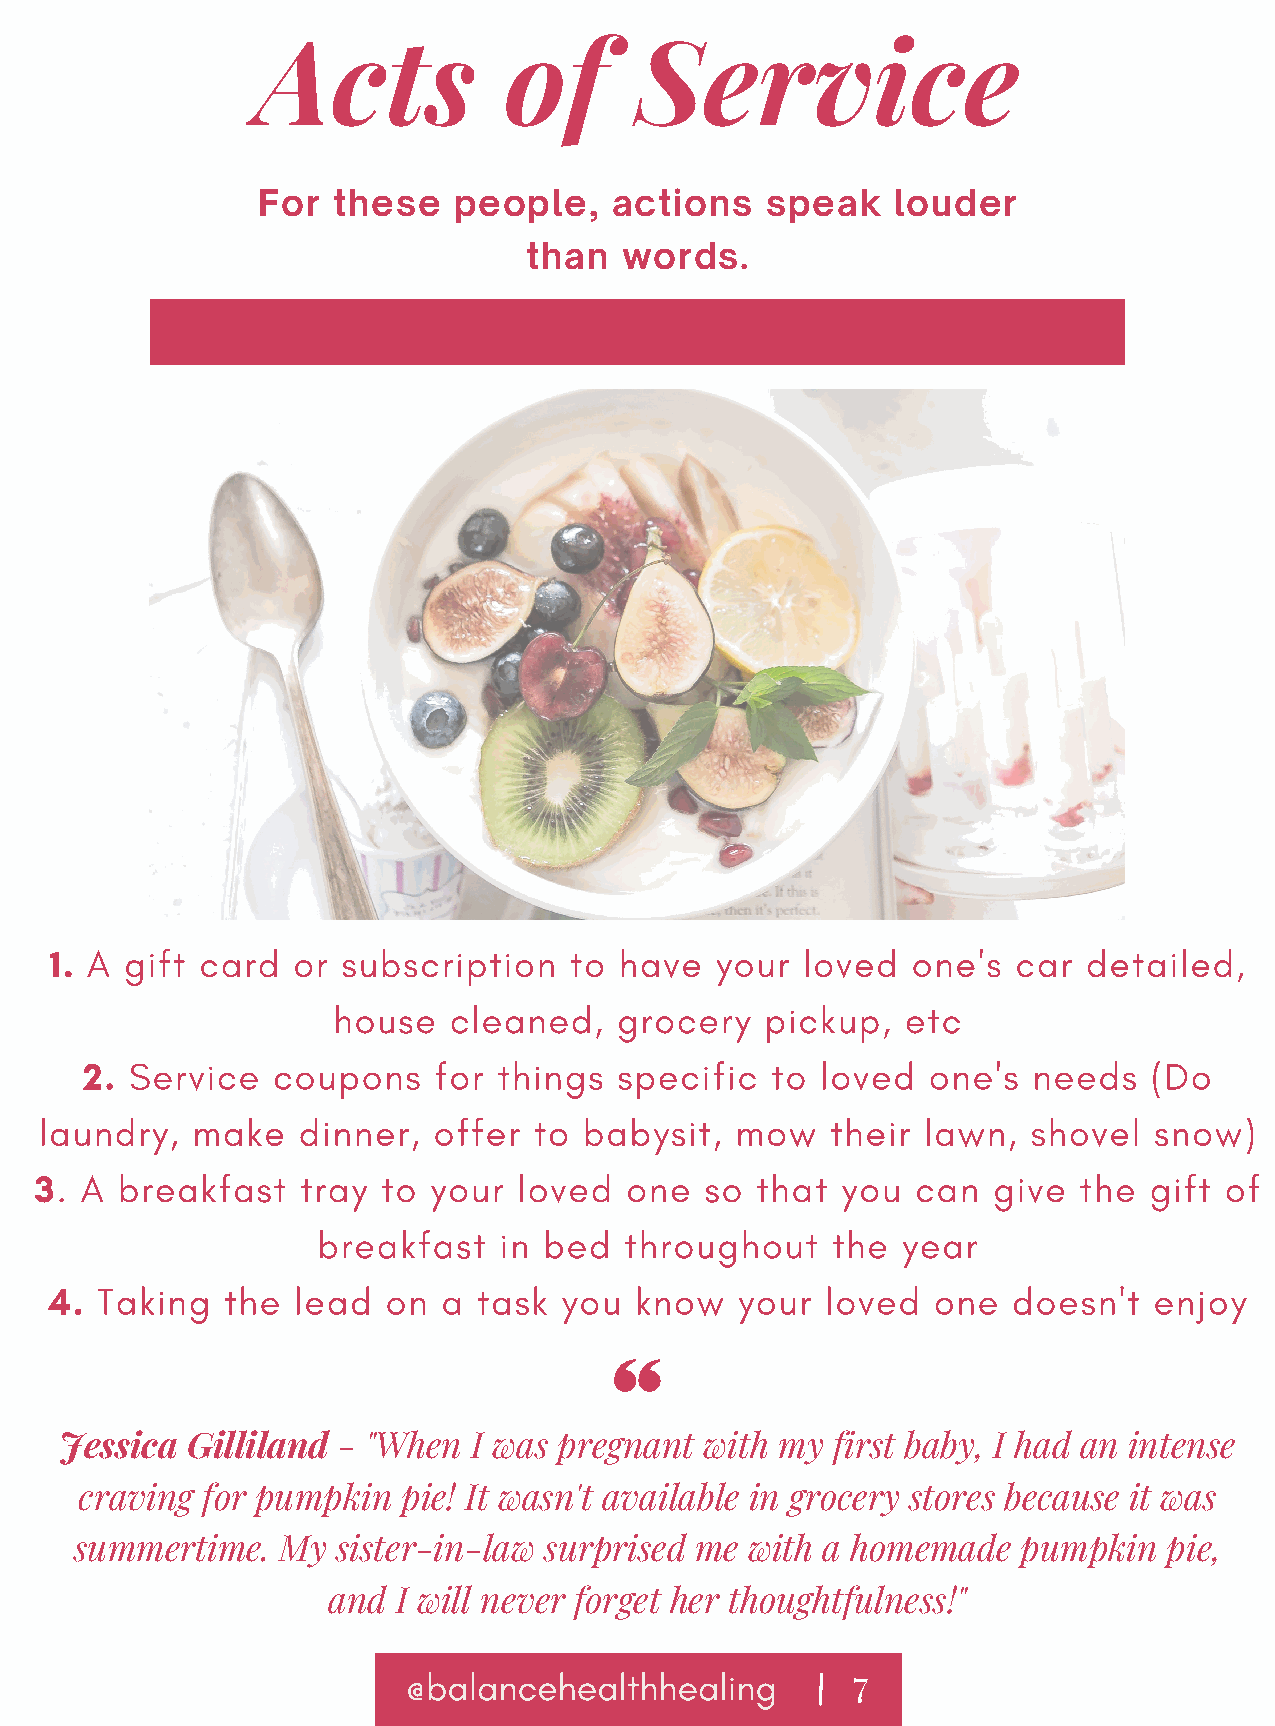
Acts            of       Service
 For  these   people,   actions    speak   louder
 than  words.
 1. A gift card  or  subscription   to have  your  loved  one's  car  detailed,
 house   cleaned,   grocery   pickup,  etc
 2. Service  coupons    for things  specific  to loved  one's  needs   (Do
 laundry,  make   dinner,  offer to  babysit,  mow   their lawn,  shovel  snow)
 3. A  breakfast   tray to your  loved  one   so that  you  can  give the  gift of
 breakfast   in bed  throughout    the  year
 4. Taking   the lead   on a  task you  know   your  loved  one  doesn't  enjoy
 Jessica Gilliland - "When  I was pregnant  with my first baby, I had an intense
 craving for pumpkin   pie! It wasn't available in grocery stores because it was
 summertime.  My  sister-in-law surprised me with a homemade    pumpkin  pie,
 and I will never forget her thoughtfulness!"
 @balancehealthhealing
 7